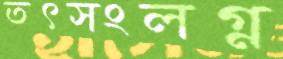
তৎসংলগ্ন